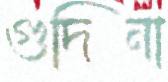
গুদিনা